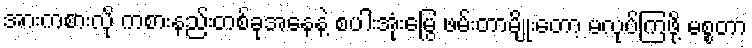
အားကစားလို ကစားနည်းတစ်ခုအနေနဲ့ စပါးအုံးမြွေ ဖမ်းတာမျိုးတော့ မလုပ်ကြဖို့ မစ္စတာ